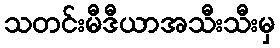
သတင်းမီဒီယာအသီးသီးမှ